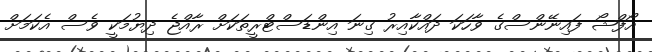
އޯފްޝޯ ފައިނޭންސްގެ ވާހަކަ ދައްކާއިރު ގިނަ އިންޑަސްޓްރީތަކަށް ރާއްޖެ ދިޔުމަކީ ވެސް އެކަމަށް